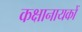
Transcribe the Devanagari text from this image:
कक्षानायकों